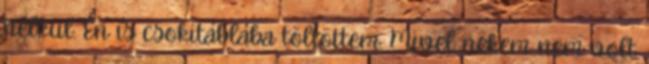
nélkül. Én is csokitáblába töltöttem. Mivel nekem nem volt